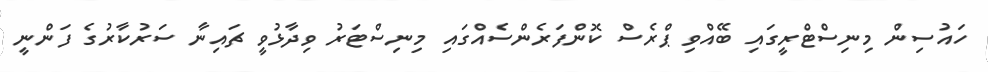
ހައުސިން މިނިސްޓްރީގައި ބޭއްވި ޕްރެސް ކޮންފަރެންސެއްގައި މިނިސްޓަރު ވިދާޅުވީ ޗައިނާ ސަރުކާރުގެ ފަންނީ